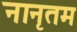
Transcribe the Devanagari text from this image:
नानृतम